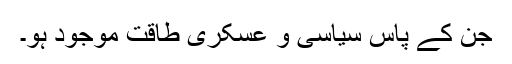
جن کُے پاس سیاسی و عسکری طاقت موجود ہو۔